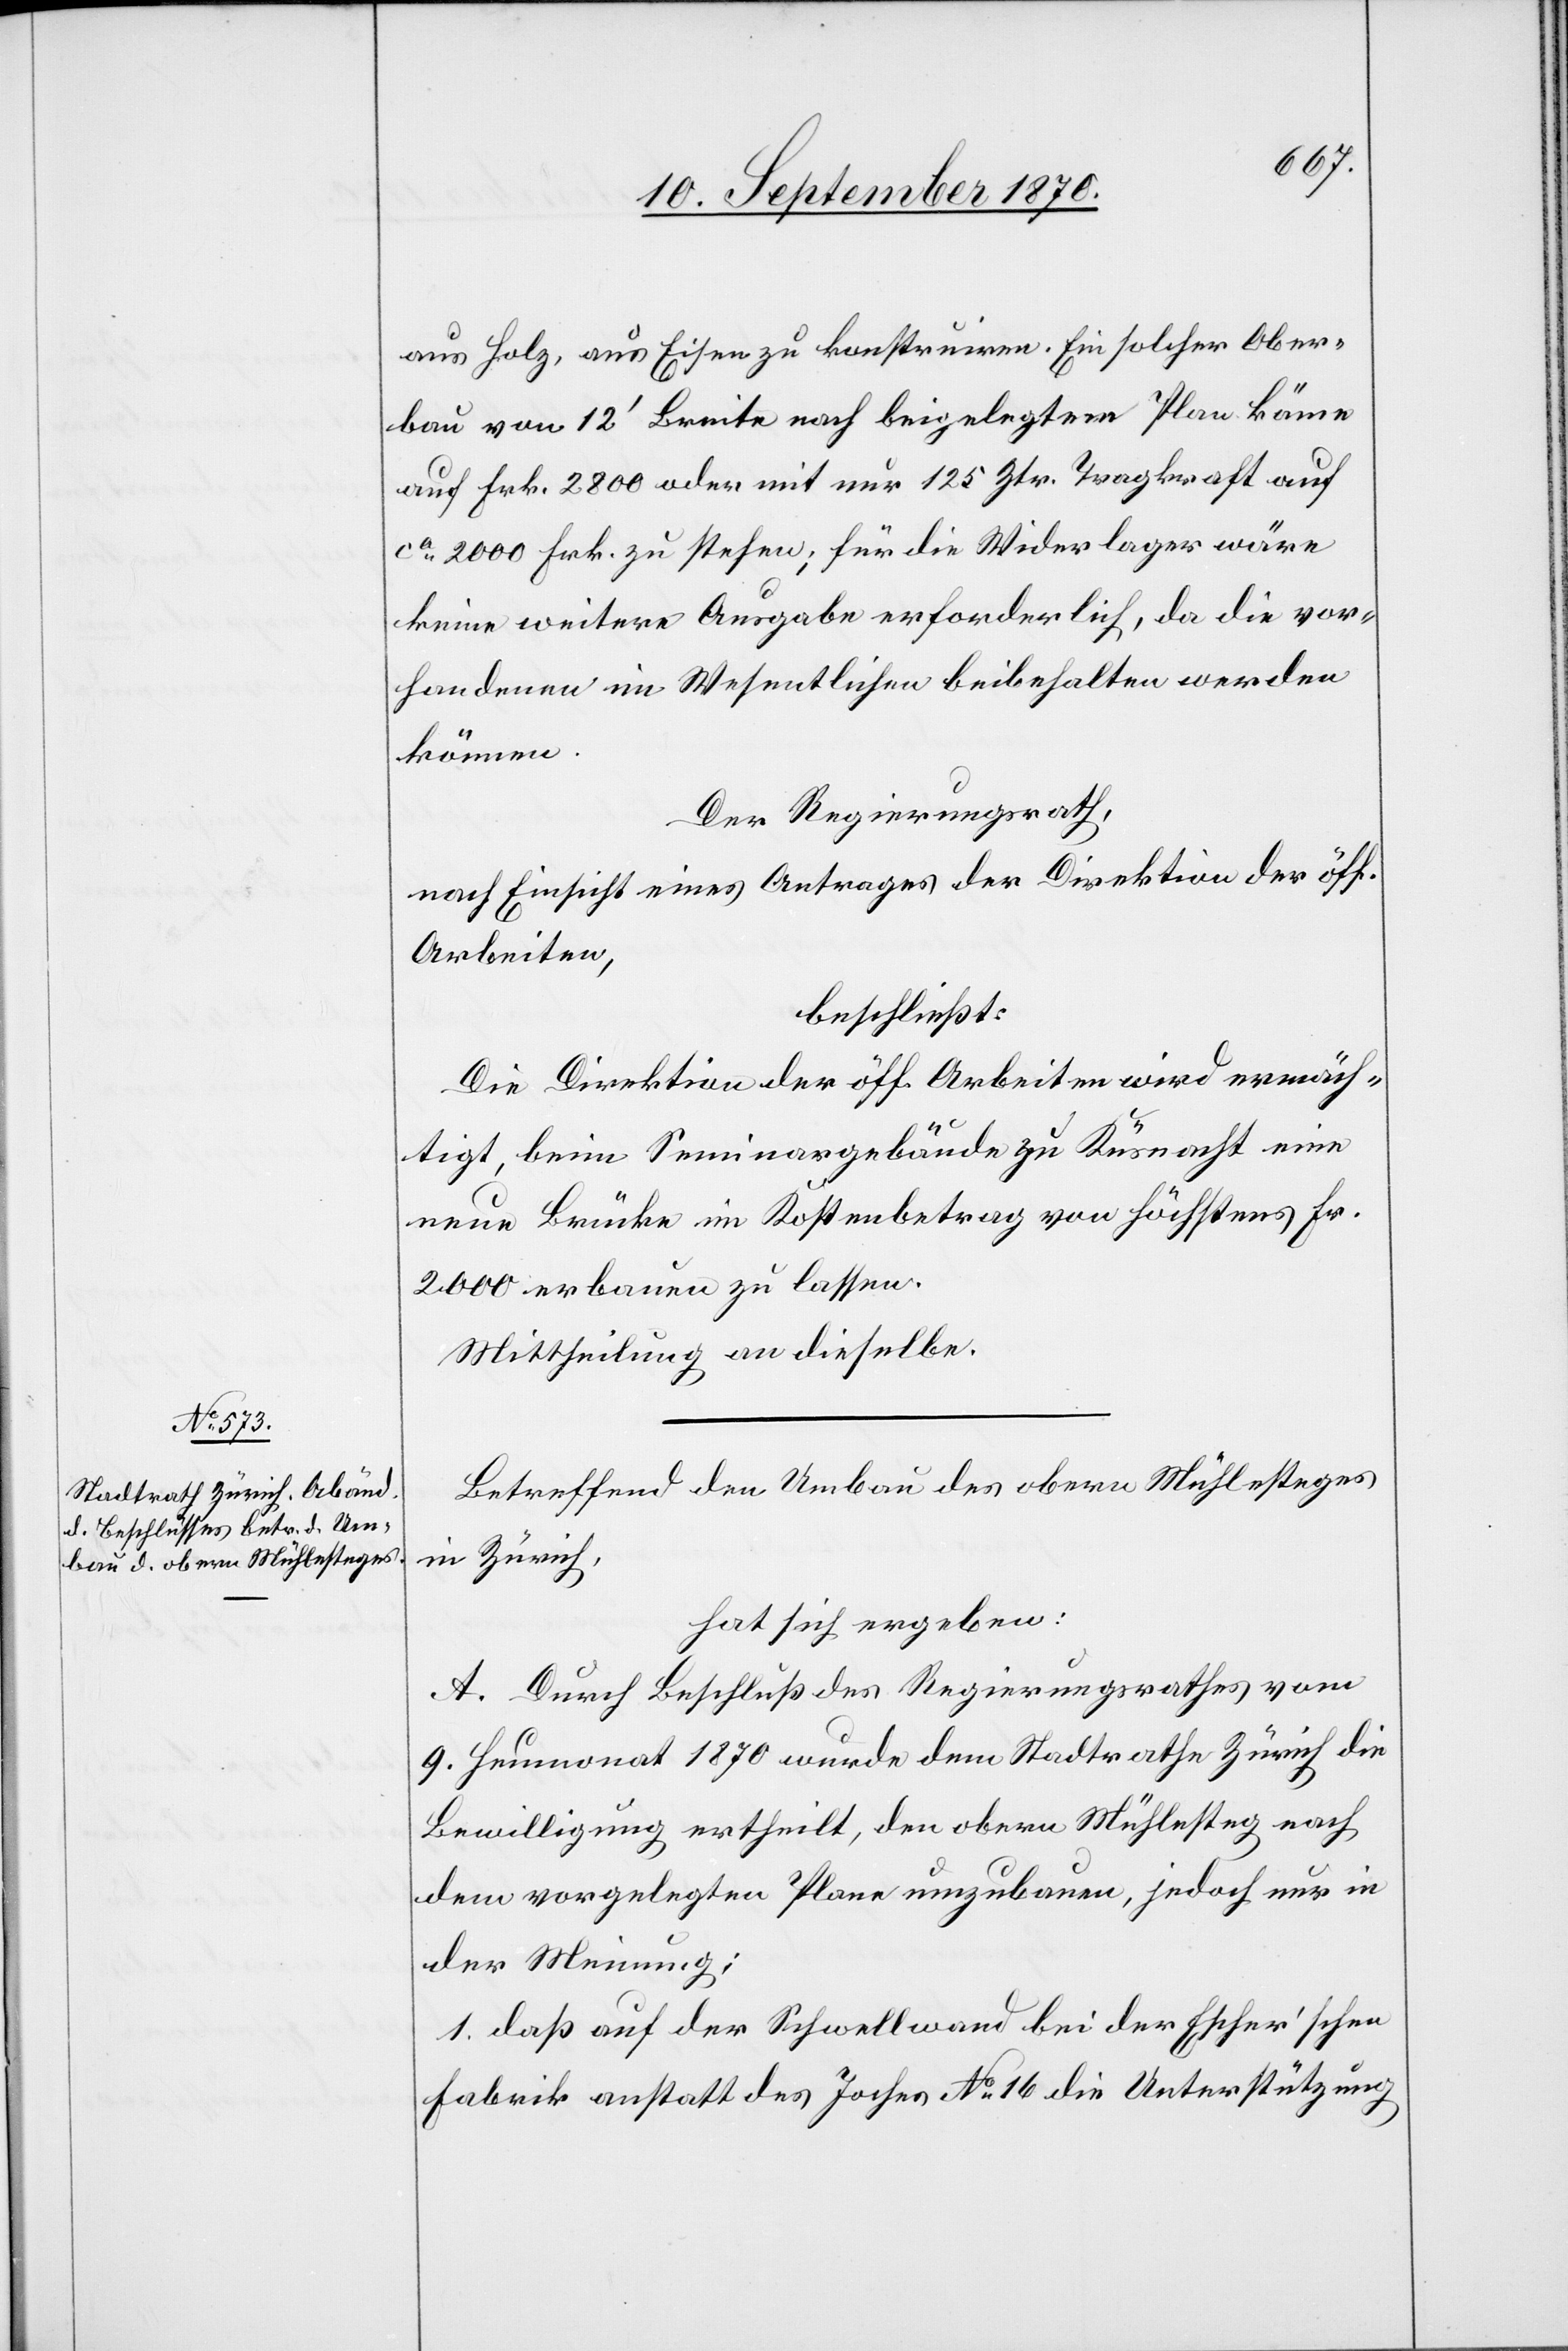
aus Holz, aus Eisen zu konstruiren. Ein solcher Ober¬
bau von 12’ Breite nach beigelegtem Plan käme
auf Frk. 2800 oder mit nur 125 Ztr. Tragkraft auf
ca 2000 Frk. zu stehen; für die Widerlager wäre
keine weitere Ausgabe erforderlich, da die vor¬
handenen im Wesentlichen beibehalten werden
können.
Der Regierungsrath,
nach Einsicht eines Antrages der Direktion der öff.
Arbeiten,
beschließt:
Die Direktion der öff. Arbeiten wird ermäch¬
tigt, beim Seminargebäude zu Küsnacht eine
neue Brücke im Kostenbetrag von höchstens Fr.
2000 erbauen zu lassen.
Mittheilung an dieselbe.
Betreffend den Umbau des obern Mühlesteges
in Zürich,
hat sich ergeben:
A. Durch Beschluß des Regierungsrathes vom
9. Heumonat 1870 wurde dem Stadtrathe Zürich die
Bewilligung ertheilt, den obern Mühlesteg nach
dem vorgelegten Plane umzubauen, jedoch nur in
der Meinung:
1. daß auf der Schwellwand bei der Escher’schen
Fabrik anstatt des Joches No 16 die Unterstützung